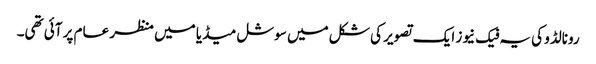
رونالڈو کی یہ فیک نیوز ایک تصویر کی شکل میں سوشل میڈیا میں منظر عام پر آئی تھی۔